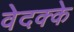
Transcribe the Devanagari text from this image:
वेदक्के